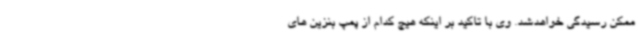
ممکن رسیدگی خواهدشد. وی با تاکید بر اینکه هیچ کدام از پمپ بنزین های